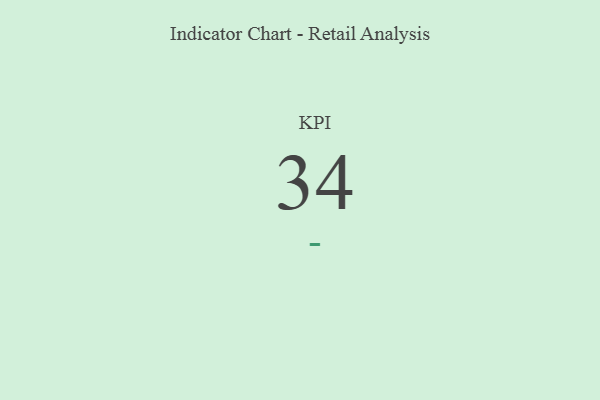
{"axis": {"x": "KPI", "y": "Value"}, "legend": [""], "data": [{"x": "KPI", "y": 34, "type": ""}]}